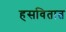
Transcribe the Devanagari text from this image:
हसवितात